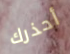
أحذرك